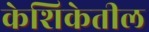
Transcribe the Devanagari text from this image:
केशिकेतील